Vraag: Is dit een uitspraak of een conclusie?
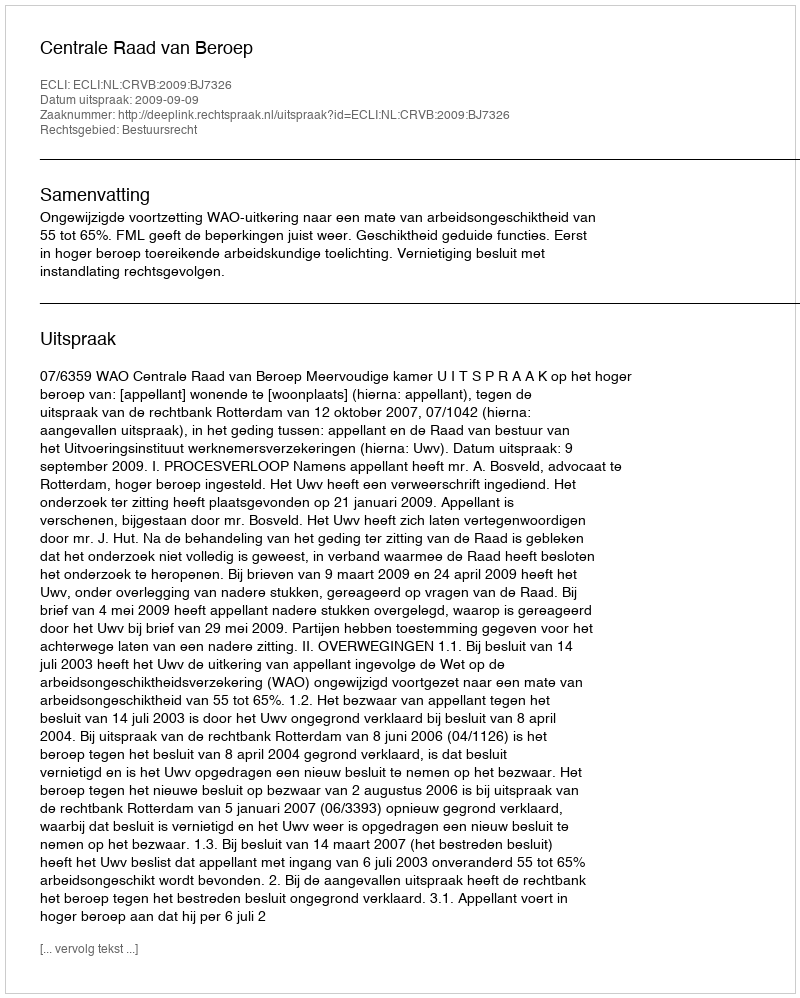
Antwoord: Uitspraak